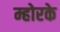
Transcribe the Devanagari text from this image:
म्होरके